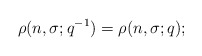
\begin{align*} \rho(n,\sigma;q^{-1}) = \rho(n,\sigma;q);\end{align*}